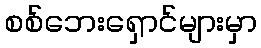
စစ်ဘေးရှောင်များမှာ